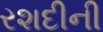
રશદીની